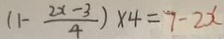
( 1 - \frac { 2 x - 3 } { 4 } ) \times 4 = 7 - 2 x